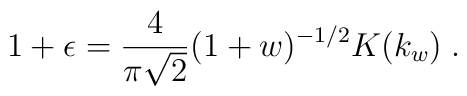
1+\epsilon=\frac{4}{\pi\sqrt{2}}(1+w)^{-1/2}K(k_w)\;.